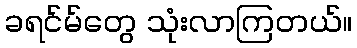
ခရင်မ်တွေ သုံးလာကြတယ်။